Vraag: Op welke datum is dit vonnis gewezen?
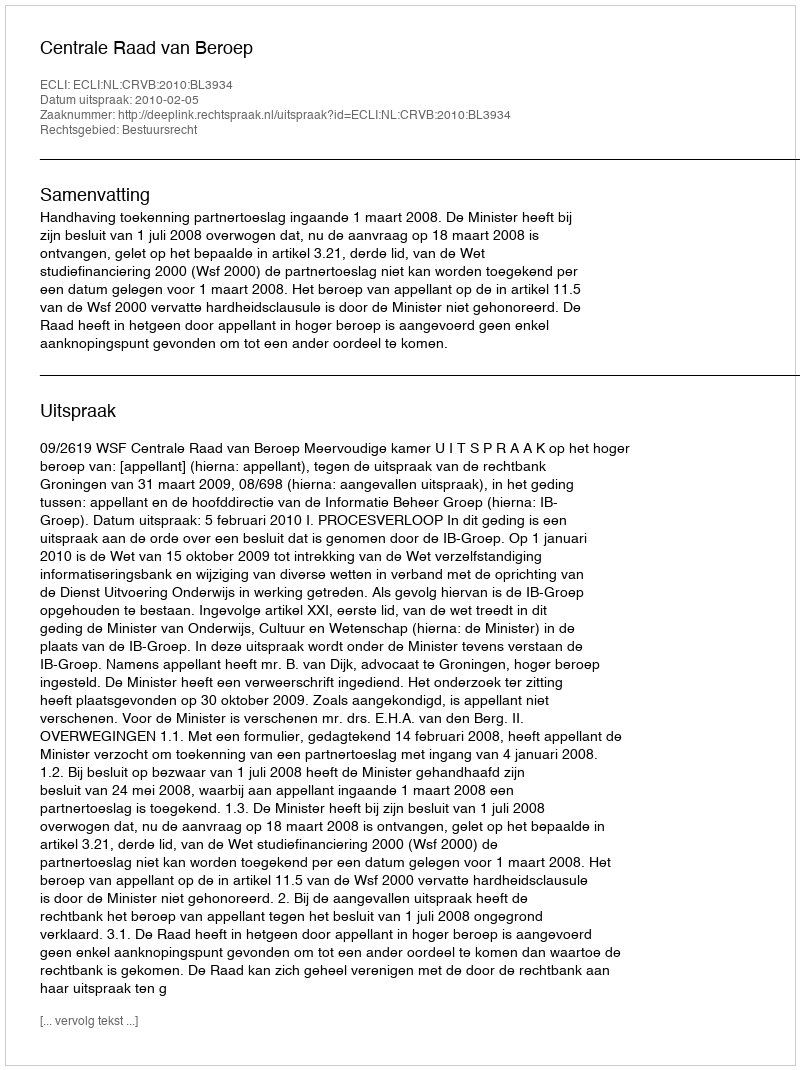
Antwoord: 2010-02-05